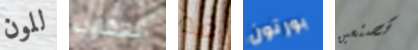
للون العقارب قد بورتون تصنعين